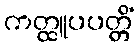
ကတ္ထူပပတ္တိံ